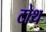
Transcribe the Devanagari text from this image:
टोथ